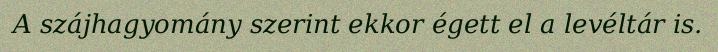
A szájhagyomány szerint ekkor égett el a levéltár is.